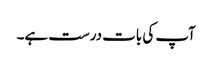
آپ کی بات درست ہے۔